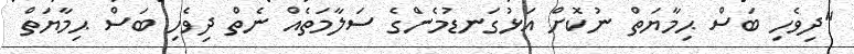
"ދިވެހި ބަސް ޙިމާޔަތް ނުކޮށް އަޅުގަނޑުމެންގެ ސަލާމަތެއް ނެތް ދިވެހި ބަސް ޙިމާޔަަތް